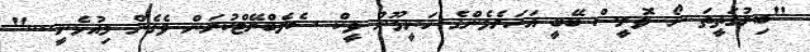
"ބިރުގަތީތަ ނޯ ވޮރީސް ބޭބީ އަހަރެމެންގެ ހަނީމޫން ވީކް ސެލެބްރޭޓްކުރަން ވެގެން މިއުޅެނީ...."